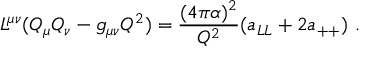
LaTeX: L ^ { \mu \nu } ( Q _ { \mu } Q _ { \nu } - g _ { \mu \nu } Q ^ { 2 } ) = \frac { ( 4 \pi \alpha ) ^ { 2 } } { Q ^ { 2 } } ( a _ { L L } + 2 a _ { + + } ) ~ .